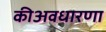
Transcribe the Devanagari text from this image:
कीअवधारणा